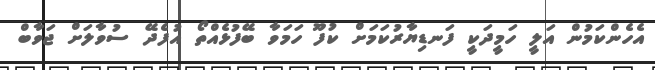
އެހެންކަމުން އަލީ ހަމީދަކީ ފަނޑިޔާރުކަމަށް ކުފޫ ހަމަވާ ބޭފުޅެއްތޯ އުފެދޭ ސުވާލަށް ޖަވާބް